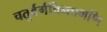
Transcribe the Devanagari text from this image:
चतुर्वर्गचिन्तामणि